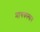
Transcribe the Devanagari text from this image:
मायकल्सन